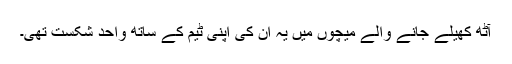
آٹھ کھیلے جانے والے میچوں میں یہ ان کی اپنی ٹیم کے ساتھ واحد شکست تھی۔